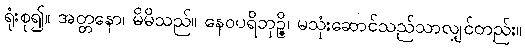
ရုံးစု၍။ အတ္တနော၊ မိမိသည်။ နေဝပရိဘုဉ္ဇိ၊ မသုံးဆောင်သည်သာလျှင်တည်း။